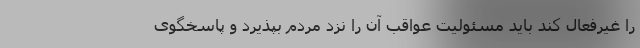
را غیرفعال کند باید مسئولیت عواقب آن را نزد مردم بپذیرد و پاسخگوی